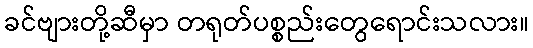
ခင်ဗျားတို့ဆီမှာ တရုတ်ပစ္စည်းတွေရောင်းသလား။